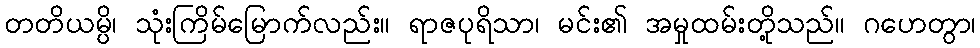
တတိယမ္ပိ၊ သုံးကြိမ်မြောက်လည်း။ ရာဇပုရိသာ၊ မင်း၏ အမှုထမ်းတို့သည်။ ဂဟေတွာ၊